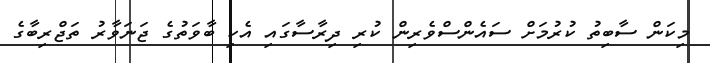
މިކަން ސާބިތު ކުރުމަށް ސައެންސްވެރިން ކުރި ދިރާސާގައި އެކި ބާވަތުގެ ޖަނަވާރު ތަޖްރިބާގެ